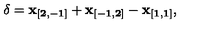
{ \bf \delta } = { \bf x _ { [ 2 , - 1 ] } } + { \bf x _ { [ - 1 , 2 ] } } - { \bf x _ { [ 1 , 1 ] } } ,